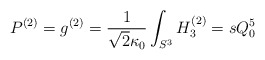
\begin{align*}P^{(2)} = g^{(2)} = \frac{1}{\sqrt{2}\kappa_0} \int_{S^3} H_3^{(2)} =s Q_0^5\end{align*}